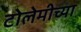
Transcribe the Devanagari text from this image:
टोलेमीच्या